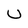
Character: u